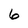
Character: 6